Leaving Certificate Examination, 1921
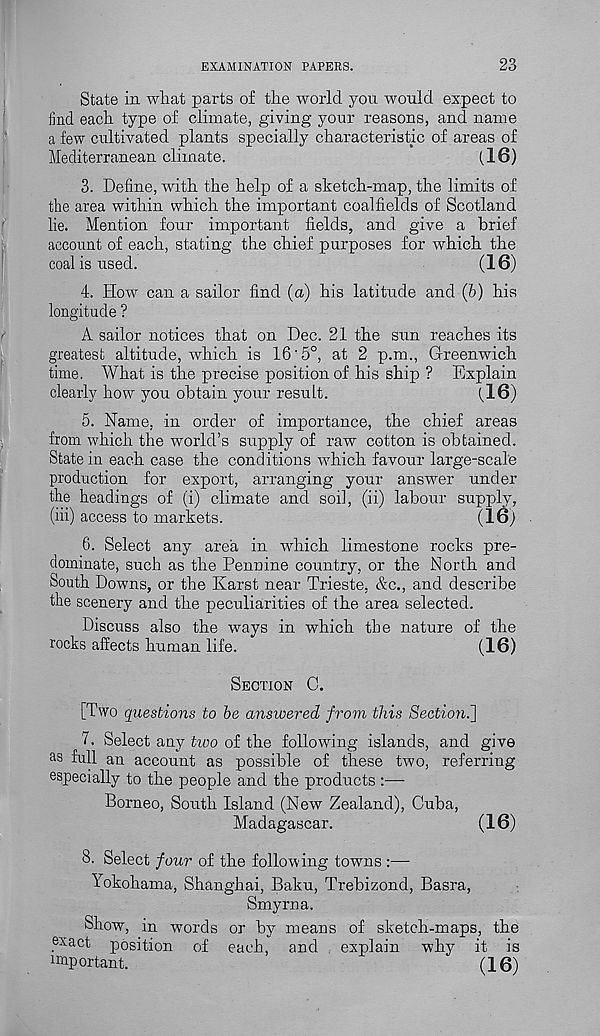
EXAMINATION PAPERS.
23
State in what parts of the world you would expect to
find each type of climate, giving your reasons, and name
a few cultivated plants specially characteristic of areas of
Mediterranean climate.
( 16)
3. Define, with the help of a sketch-map, the limits of
the area within which the important coalfields of Scotland
lie. Mention four important fields, and give a brief
account of each, stating the chief purposes for which the
coal is used.
(16)
4. How can a sailor find (a) his latitude and (6) his
longitude ?
A sailor notices that on Dec. 21 the sun reaches its
greatest altitude, which is 16'5°, at 2 p.m., Greenwich
time. What is the precise position of his ship ? Explain
clearly how you obtain your result.
(.16)
5. Name, in order of importance, the chief areas
from which the world’s supply of raw cotton is obtained.
State in each case the conditions which favour large-scale
production for export, arranging your answer under
the headings of (i) climate and soil, (ii) labour supply,
(iii) access to markets.
(16)
6. Select any area in which limestone rocks pre-
dominate, such as the Pennine country, or the North and
South Downs, or the Karst near Trieste, &c., and describe
the scenery and the peculiarities of the area selected.
Discuss also the ways in which the nature of the
rocks affects human life.
(16)
SECTION C.
[TWO questions to be answered from this Section^]
7. Select any two of the following islands, and give
as full an account as possible of these two, referring
especially to the people and the products :—-
Borneo, South Island (New Zealand), Cuba,
Madagascar.
(16)
8. Select four of the following towns :—-
Yokohama, Shanghai, Baku, Trebizond, Basra,
Smyrna.
Show, in words or by means of sketch-maps, the
exact position of each, and explain why it is
important.
(16)